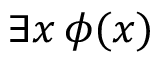
\exists x \, \phi ( x )